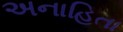
અનાહિતા